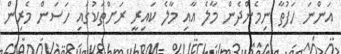
އަންނަ ހަފުތާ ނިމެންދެން މާލެ އާއި މާލެ ކައިރީ ރަށްތަކުގައި ހަސަން މެރިން